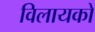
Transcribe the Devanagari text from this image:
विलायको